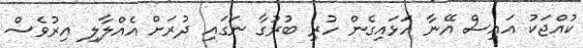
ކުއްޖަކު އައިސް އޭނާ އަޅައިގެން ހުރި ބުރުގާ ނަގައި ދުރަށް އެއްލާލި އިރުވެސް